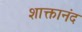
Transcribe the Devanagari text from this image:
शाक्तानंद